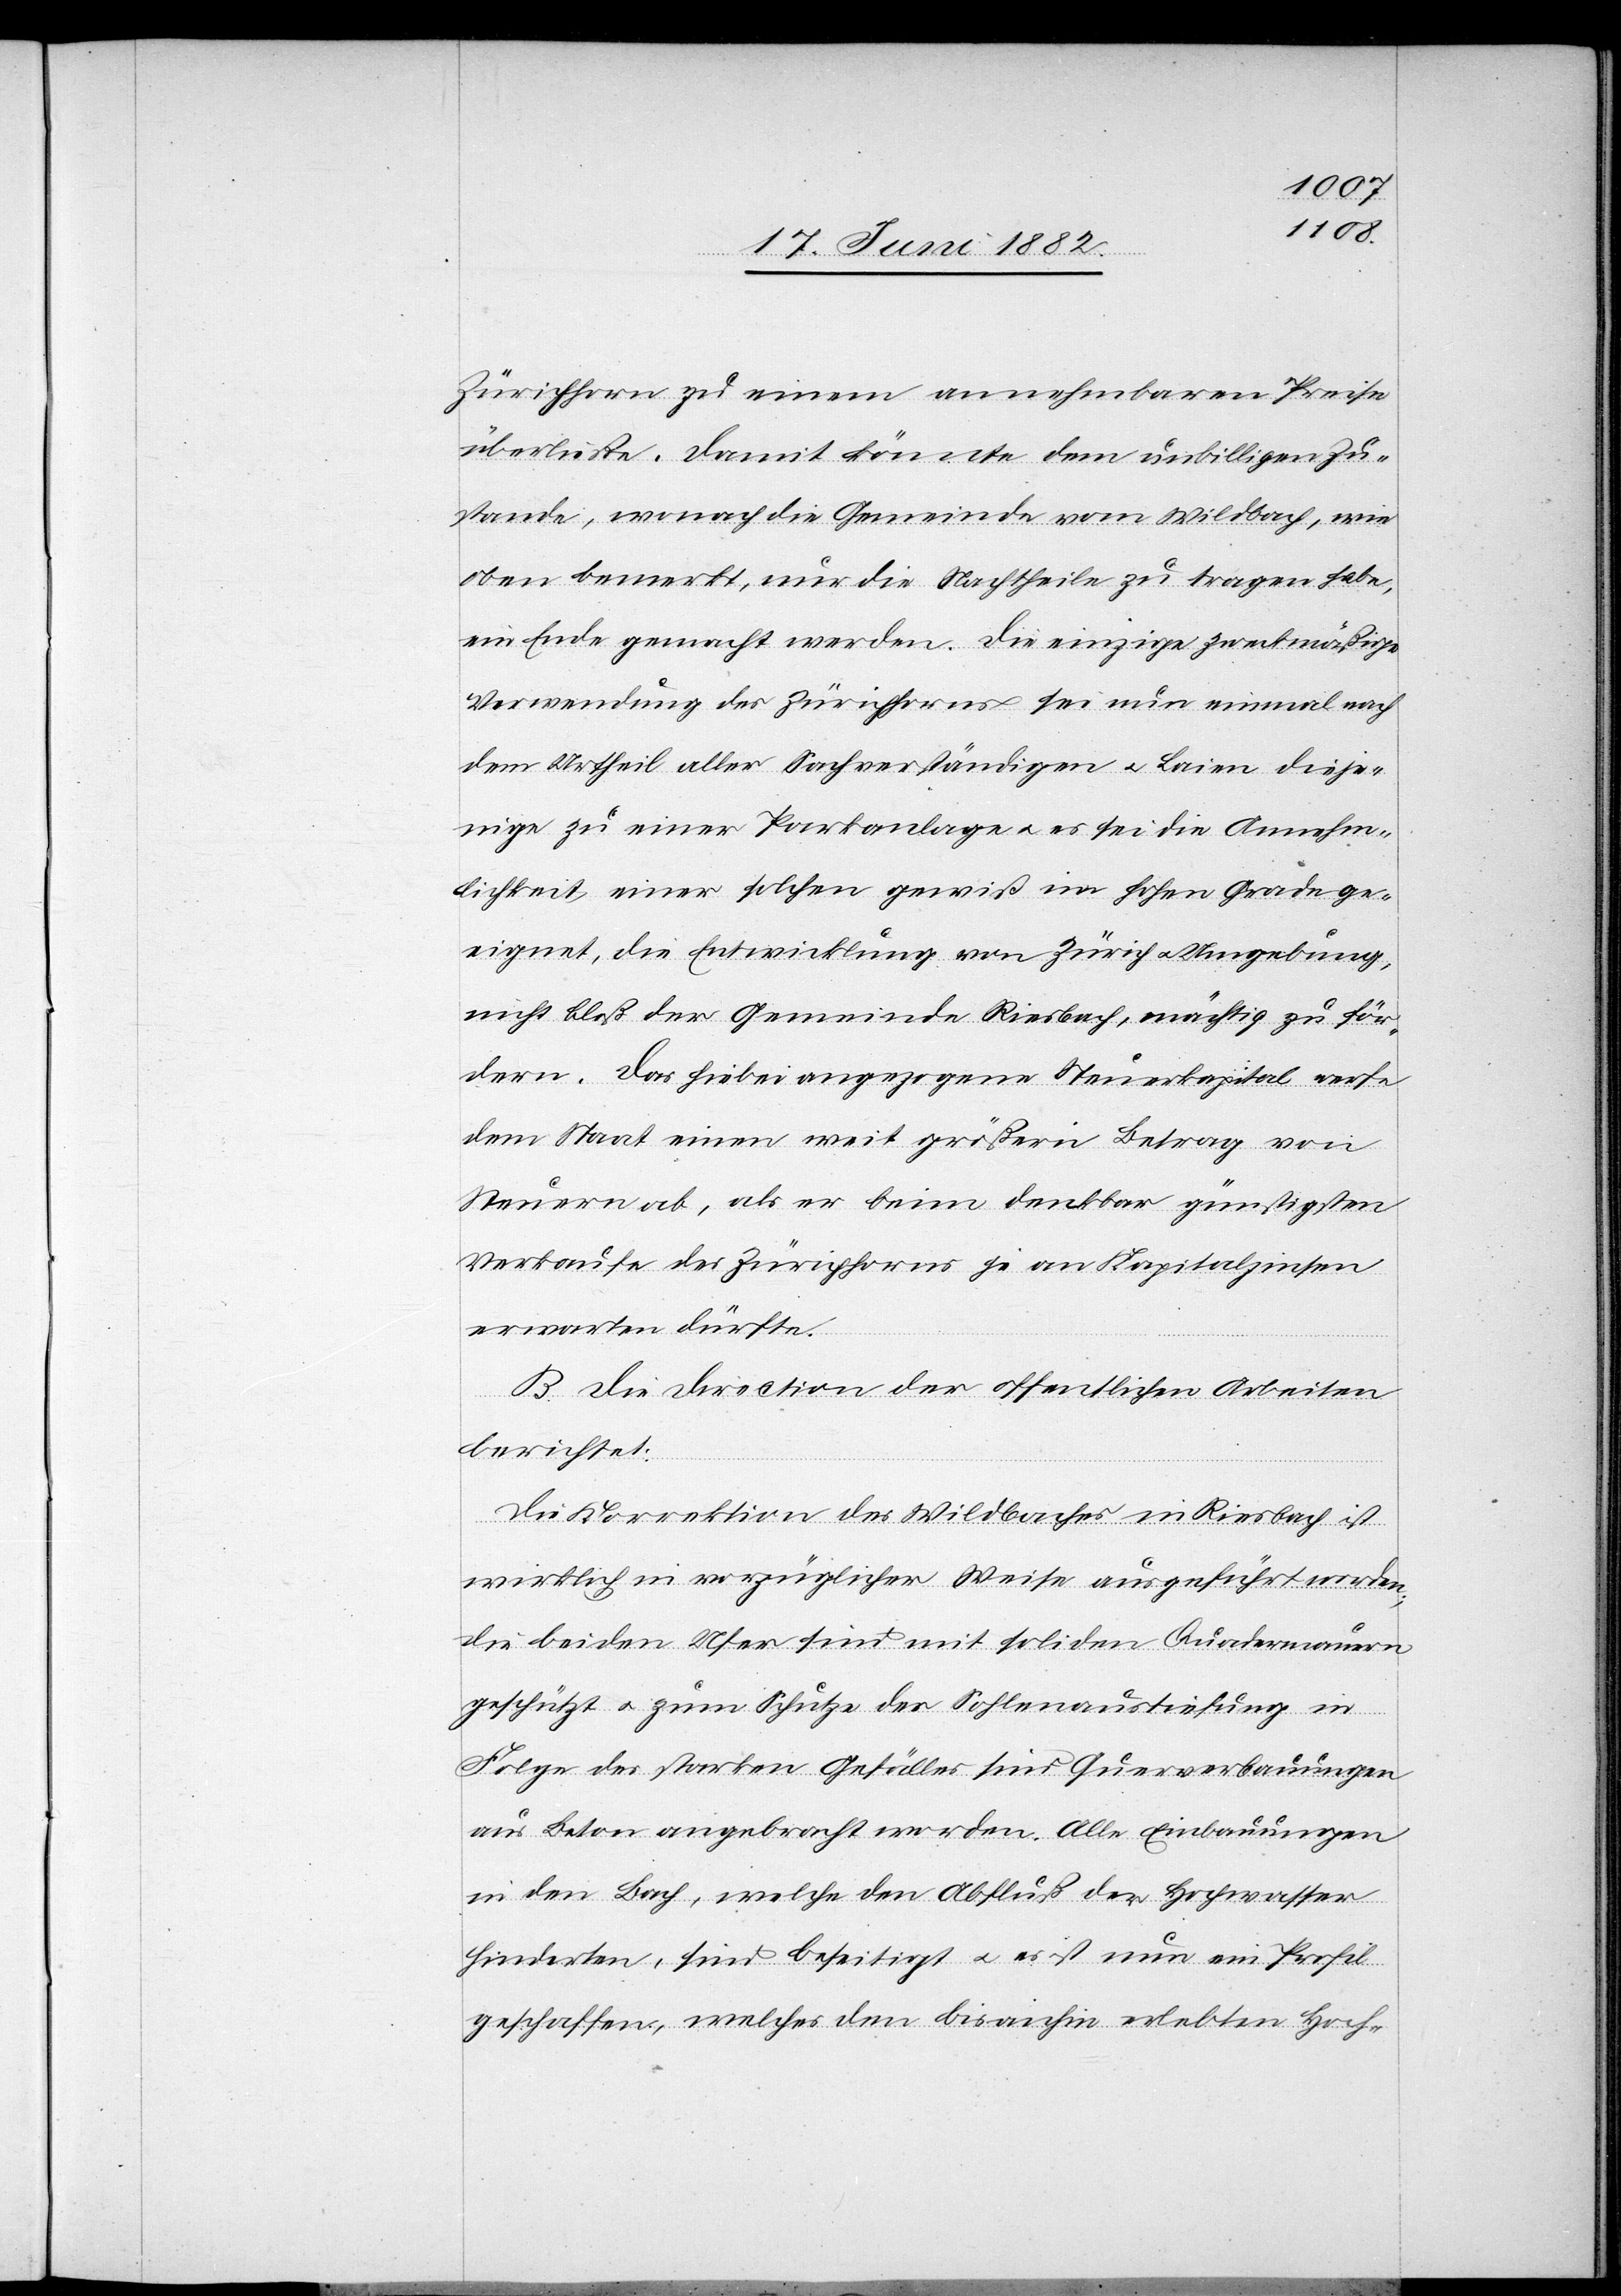
Zürichhorn zu einem annehmbaren Preise
überließe. Damit könnte dem unbilligen Zu¬
stande, wonach die Gemeinde vom Wildbach, wie
oben bemerkt, nur die Nachtheile zu tragen habe,
ein Ende gemacht werden. Die einzige zweckmäßige
Verwendung des Zürichhorns sei nun einmal nach
dem Urtheil aller Sachverständigen u. Laien dieje¬
nige zu einer Parkanlage u. es sei die Annehm¬
lichkeit einer solchen gewiß im hohen Grade ge¬
eignet, die Entwicklung von Zürich u. Umgebung,
nicht bloß der Gemeinde Riesbach, mächtig zu för¬
dern. Das hiebei angezogene Steuerkapital werfe
dem Staat einen weit größern Betrag von
Steuern ab, als er beim denkbar günstigsten
Verkaufe des Zürichhorns je an Kapitalzinsen
erwarten dürfte.
B. Die Direction der öffentlichen Arbeiten
berichtet:
Die Korrektion des Wildbaches in Riesbach ist
wirklich in vorzüglicher Weise ausgeführt worden;
die beiden Ufer sind mit soliden Quadermauern
geschützt u. zum Schutze der Sohlenaustiefung in
Folge des starken Gefälles sind Querverbauungen
aus Beton angebracht worden. Alle Einbauungen
in den Bach, welche den Abfluß der Hochwasser
hinderten, sind beseitigt u. es ist nun ein Profil
geschaffen, welches den bis anhin erlebten Hoch-